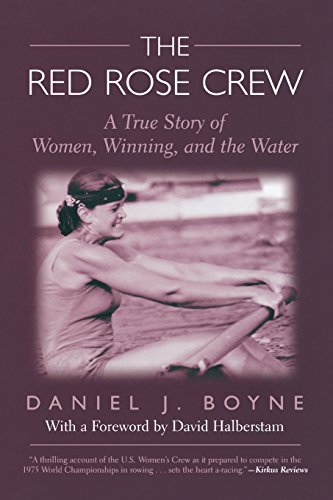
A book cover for Red Rose Crew: A True Story Of Women, Winning, And The Water; Daniel  J. Boyne; Sports & Outdoors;